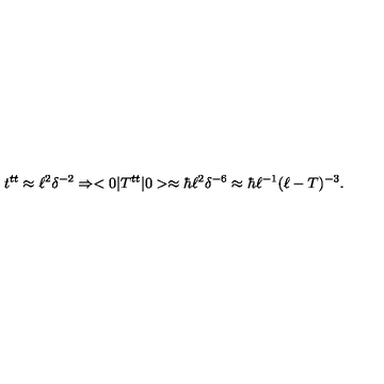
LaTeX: t ^ { t t } \approx \ell ^ { 2 } \delta ^ { - 2 } \Rightarrow < 0 | T ^ { t t } | 0 > \approx \hbar \ell ^ { 2 } \delta ^ { - 6 } \approx \hbar \ell ^ { - 1 } ( \ell - T ) ^ { - 3 } .